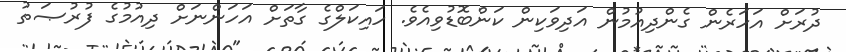
ދުރަށް އަހަރެން ގެންދިއުމުން އަދިވަކިން ކަންބޮޑުވިއެވެ. ހައިކަލްގެ ގާތަށް އަހަންނަށް ދިއުމުގެ ފުރުޞަތު